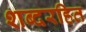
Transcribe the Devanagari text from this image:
शब्दरहित